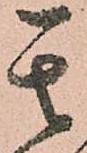
其